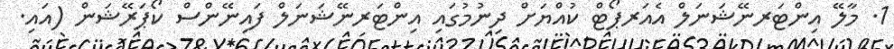
1. މާލޭ އިންޓަރނޭޝަނަލް އެއަރޕޯޓް ކުއްޔަށް ދިނުމުގައި އިންޓަރނޭޝަނަލް ފައިނޭންސް ކޯޕަރޭޝަން (އައި.